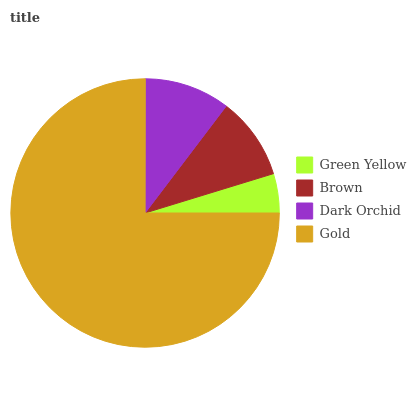
| Green Yellow | Brown | Dark Orchid | Gold |
 | --- | --- | --- | --- |
 | 4.73% | 9.95% | 10.3% | 75% |